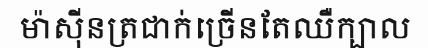
ម៉ាស៊ីនត្រជាក់ច្រើនតែឈឺក្បាល